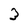
Character: 3